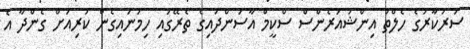
ސަރުކާރުގެ ހެލްތު އިންޝުއަރެންސް ސްކީމް އާސަންދައިގެ ތެރޭގައި ހިމަނައިގެން ކުރިއަށް ގެންދާ އެ